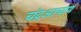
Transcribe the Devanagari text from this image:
चंद्रआचार्य